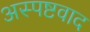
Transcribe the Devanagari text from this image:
अस्पष्टवाद